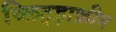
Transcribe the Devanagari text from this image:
ब्लिट्झक्रीग